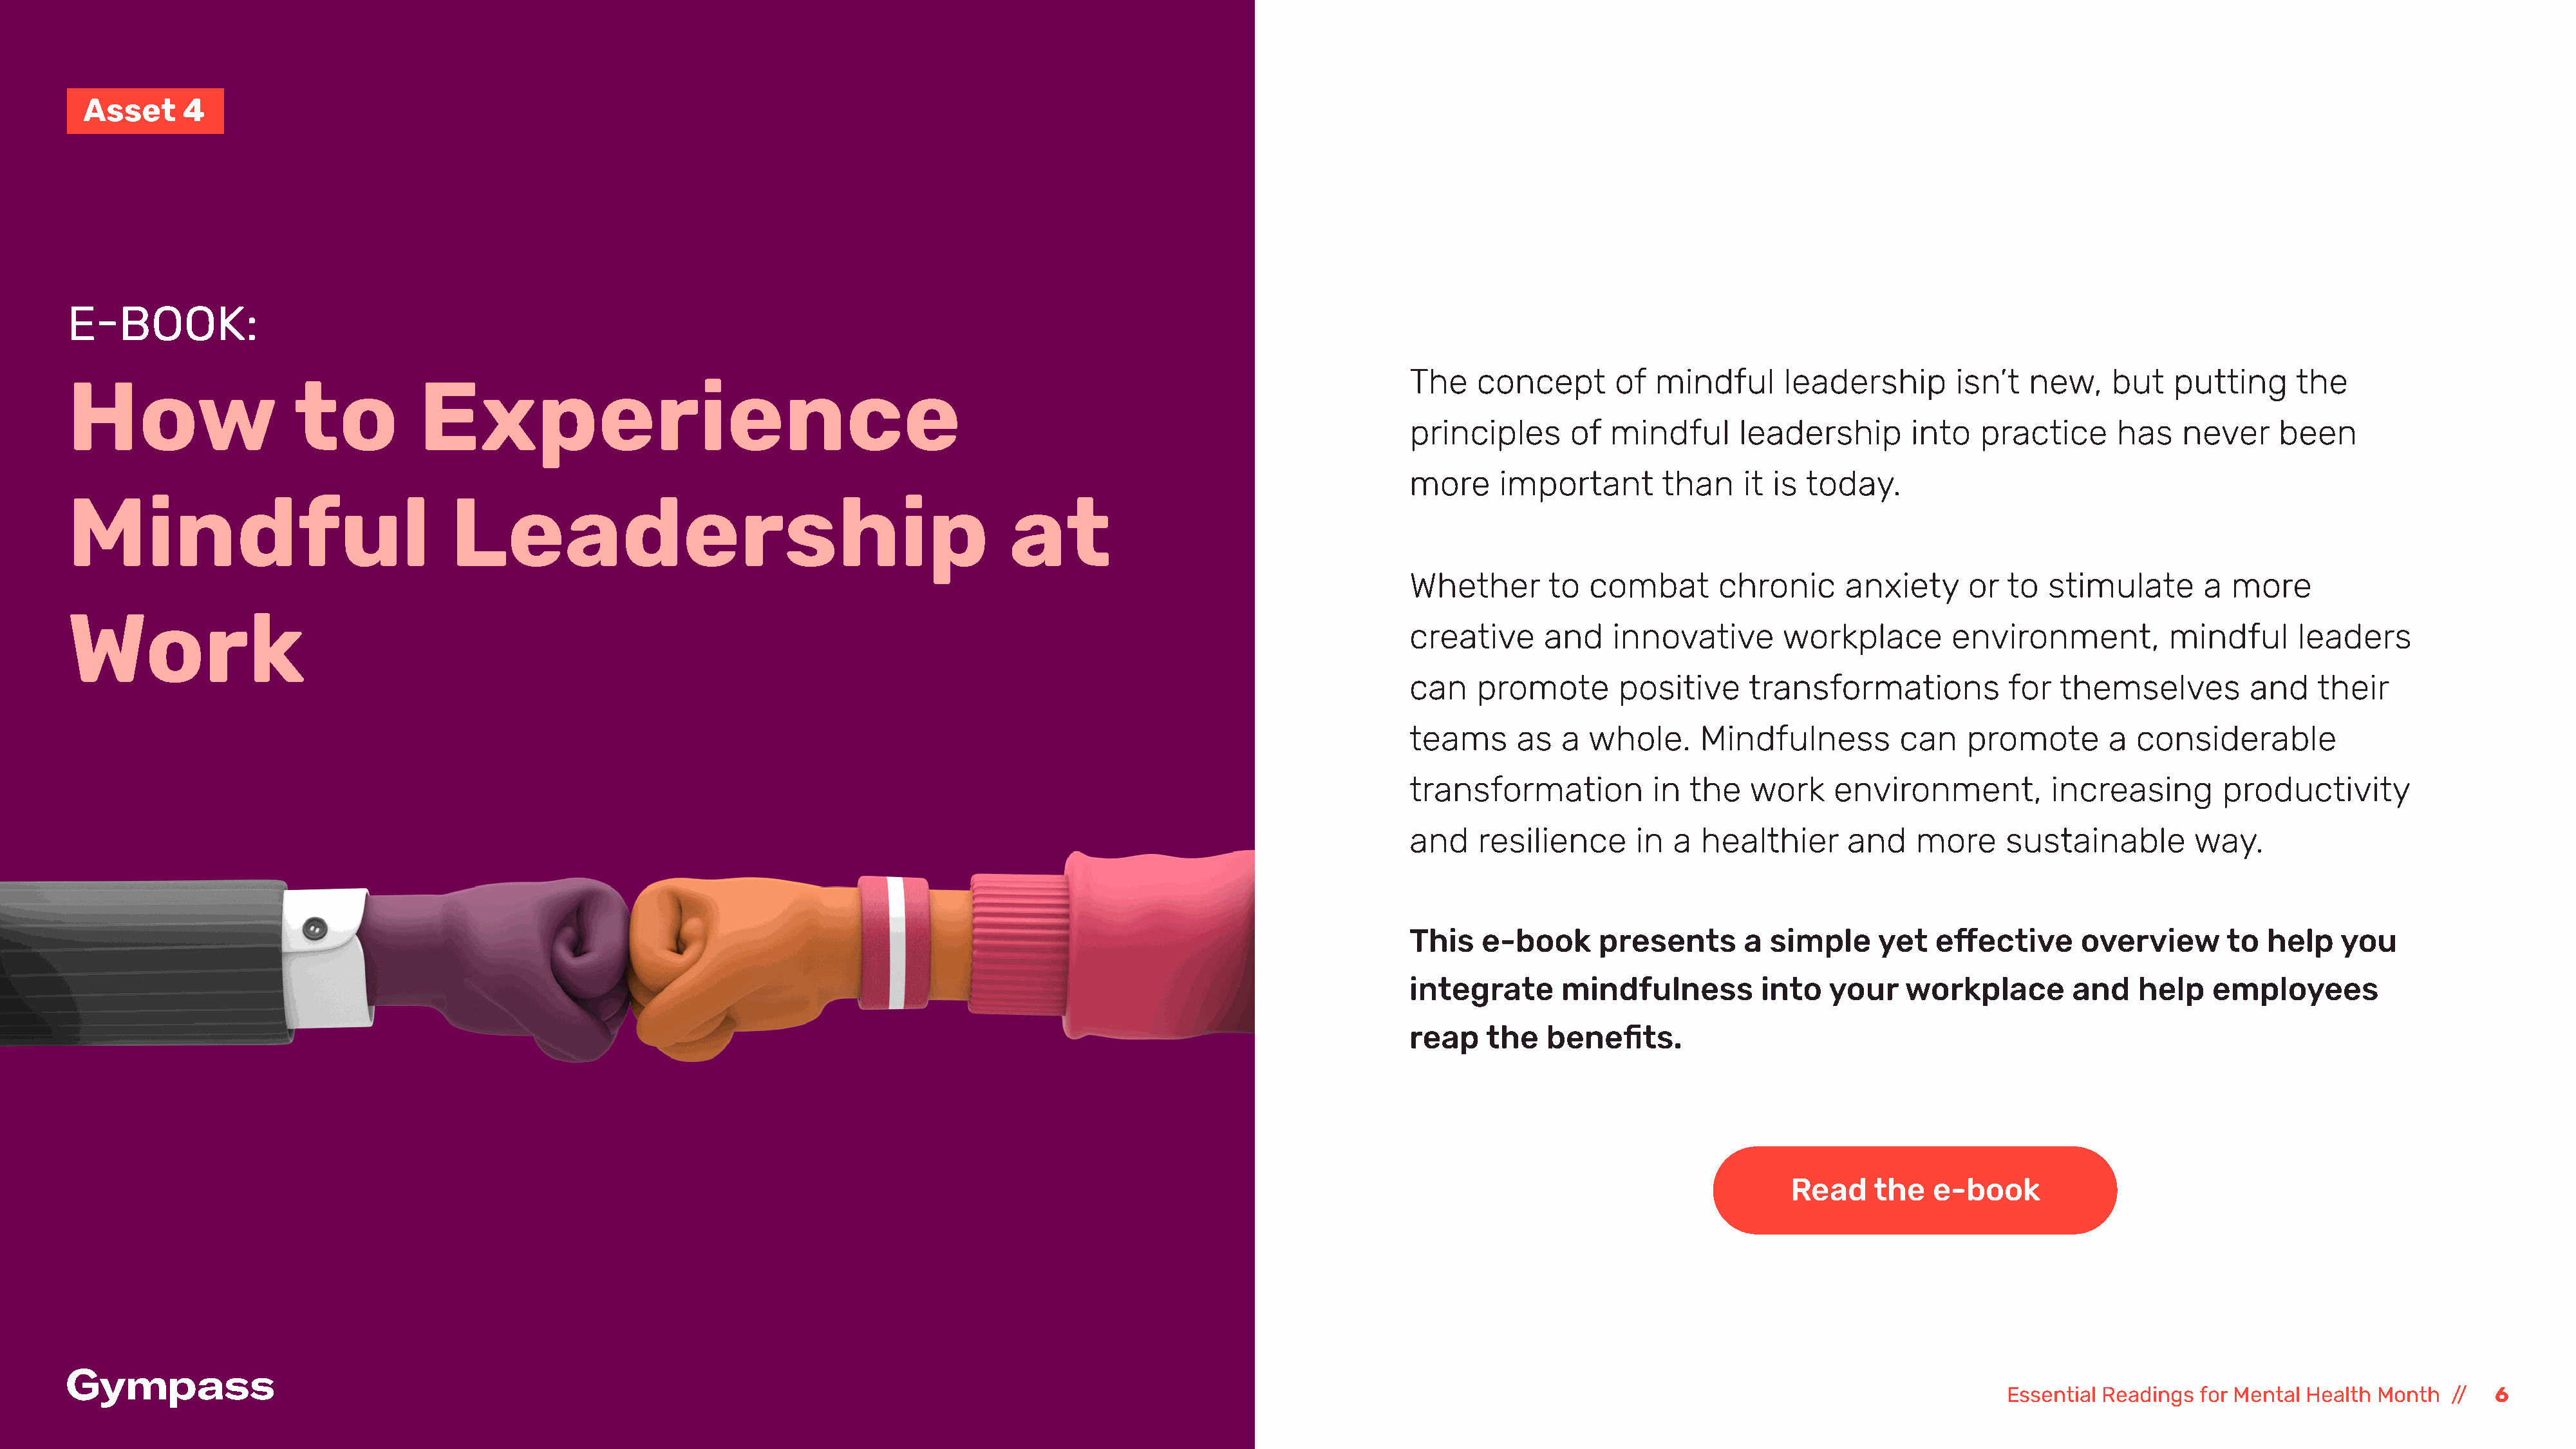
Asset     4
 E-BOOK:
 The    concept       of  mindful      leadership        isn’t   new,    but   putting      the
 How                    to           Experience
 principles      of   mindful      leadership       into    practice      has   never     been
 more     important        than    it is  today.
 Mindful                                Leadership                                                at
 Whether       to  combat        chronic      anxiety     or  to   stimulate       a more
 Work
 creative      and    innovative       workplace         environment,          mindful      leaders
 can    promote       positive      transformations           for   themselves         and    their
 teams      as   a whole.      Mindfulness         can    promote        a  considerable
 transformation           in  the   work     environment,          increasing       productivity
 and    resilience      in  a  healthier      and    more     sustainable         way.
 This   e-book      presents       a  simple     yet   effective      overview       to  help    you
 integrate       mindfulness         into   your    workplace        and    help   employees
 reap    the   benefits.
 Read     the   e-book
 Essential Readings  for Mental Health Month   //  6